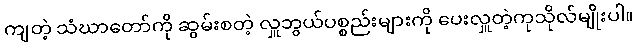
ကျတဲ့ သံဃာတော်ကို ဆွမ်းစတဲ့ လှူဘွယ်ပစ္စည်းများကို ပေးလှူတဲ့ကုသိုလ်မျိုးပါ။